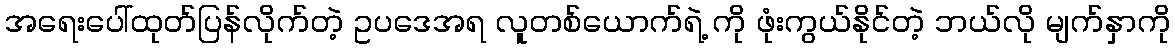
အရေးပေါ်ထုတ်ပြန်လိုက်တဲ့ ဥပဒေအရ လူတစ်ယောက်ရဲ့ ကို ဖုံးကွယ်နိုင်တဲ့ ဘယ်လို မျက်နှာကို